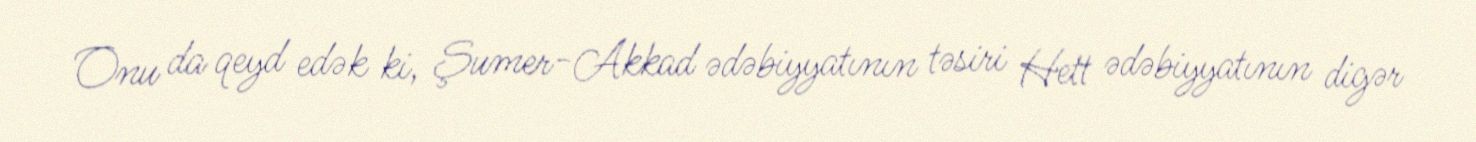
Onu da qeyd edək ki, Şumer-Akkad ədəbiyyatının təsiri Hett ədəbiyyatının digər